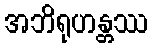
အဘိရုဟန္တဿ